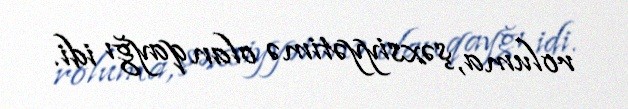
roluma, şəxsiyyətimə olan qayğı idi.